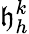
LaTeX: \mathfrak{h}_{h}^{k}